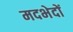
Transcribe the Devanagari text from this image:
मदभेदों